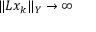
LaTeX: \| L x _ { k } \| _ { Y } \rightarrow \infty